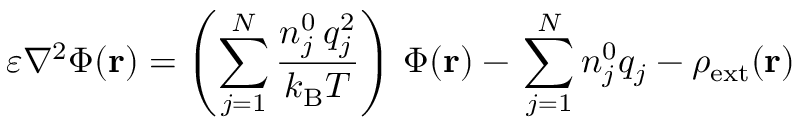
\varepsilon \nabla ^ { 2 } \Phi ( \mathbf { r } ) = \left( \sum _ { j = 1 } ^ { N } { \frac { n _ { j } ^ { 0 } \, q _ { j } ^ { 2 } } { k _ { \mathrm { { B } } } T } } \right) \, \Phi ( \mathbf { r } ) - \, \sum _ { j = 1 } ^ { N } n _ { j } ^ { 0 } q _ { j } - \rho _ { \mathrm { { e x t } } } ( \mathbf { r } )